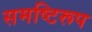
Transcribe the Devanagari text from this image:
समष्टिरूप